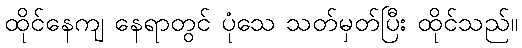
ထိုင်နေကျ နေရာတွင် ပုံသေ သတ်မှတ်ပြီး ထိုင်သည်။